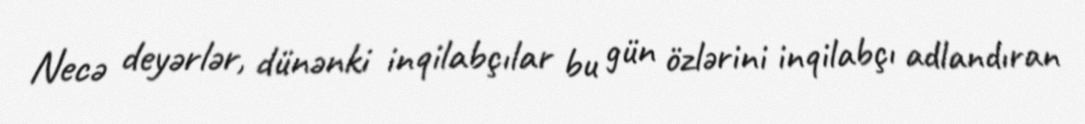
Necə deyərlər, dünənki inqilabçılar bu gün özlərini inqilabçı adlandıran